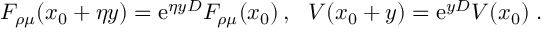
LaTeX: F _ { \rho \mu } ( x _ { 0 } + \eta y ) = \mathrm { e } ^ { \eta y D } F _ { \rho \mu } ( x _ { 0 } ) \, , \, \, \, \, V ( x _ { 0 } + y ) = \mathrm { e } ^ { y D } V ( x _ { 0 } ) \; .